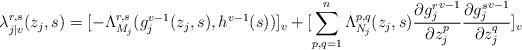
LaTeX: \begin{align*}\lambda_{j|v}^{r,s} (z_j,s) =[ -\Lambda_{M_j}^{r,s}(g_j^{v-1}(z_j,s),h^{v-1}(s))]_v+[\sum_{p,q=1}^n\Lambda_{N_j}^{p,q}(z_j,s)\frac{\partial {g_j^r}^{v-1}}{\partial z_j^{p}}\frac{\partial {g_j^s}^{v-1}}{\partial z_j^{q}}]_v\end{align*}